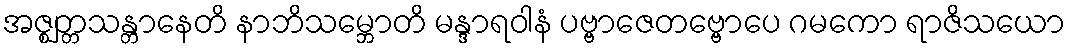
အဇ္ဈတ္တသန္တာနေတိ နာဘိသမ္ဘောတိ မန္ဒာရဝါနံ ပဗ္ဗာဇေတဗ္ဗောပေ ဂမကော ရာဇိသယော